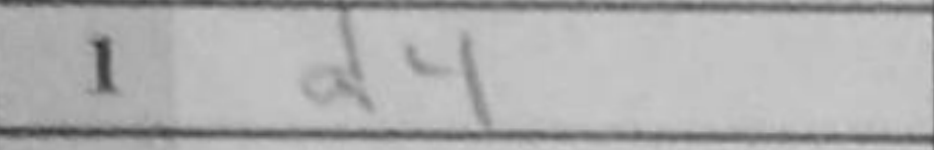
Transcription: d4